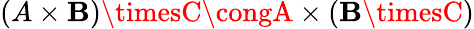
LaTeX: (A\times\mathbf{B})\timesC\congA\times(\mathbf{B}\timesC)